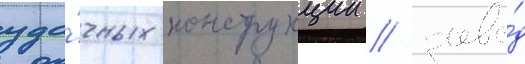
уда́чных конструкции / заво́д